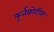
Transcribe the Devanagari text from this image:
कुर्तकोटींना